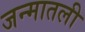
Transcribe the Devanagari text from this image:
जन्मातली